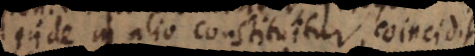
inde in alio constituitur, coincidit